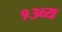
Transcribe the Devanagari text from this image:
१३व्य